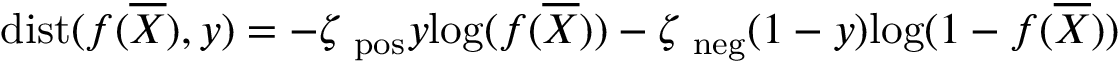
\mathrm { d i s t } ( \boldsymbol f ( \overline { { \boldsymbol X } } ) , \boldsymbol y ) = - \boldsymbol \zeta _ { \mathrm { \scriptsize ~ p o s } } \boldsymbol y \mathrm { l o g } ( \boldsymbol f ( \overline { { \boldsymbol X } } ) ) - \boldsymbol \zeta _ { \mathrm { \scriptsize ~ n e g } } ( 1 - \boldsymbol y ) \mathrm { l o g } ( 1 - \boldsymbol f ( \overline { { \boldsymbol X } } ) )